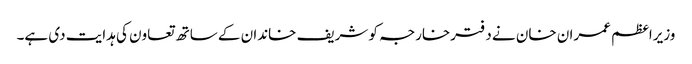
وزیراعظم عمران خان نے دفترخارجہ کو شریف خاندان کے ساتھ تعاون کی ہدایت دی ہے۔